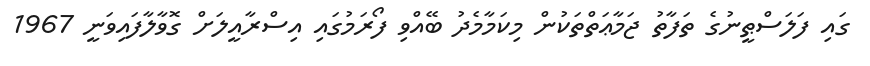
ގައި ފަލަސްޠީނުގެ ތަފާތު ޖަމާޢަތްތަކުން މިކަމާމެދު ބޭއްވި ފޯރަމުގައި އިސްރާއީލަށް ގޮވާލާފައިވަނީ 1967